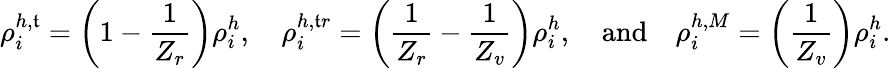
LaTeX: \rho_{i}^{h,\mathfrak{t}}=\left(1-\frac{{1}}{{Z_{r}}}\right)\rho_{i}^{h},\quad\rho_{i}^{h,\mathfrak{t}r}=\left(\frac{{1}}{{Z_{r}}}-\frac{{1}}{{Z_{v}}}\right)\rho_{i}^{h},\quad\mathrm{{{and}}}\quad\rho_{i}^{h,M}=\left(\frac{{1}}{{Z_{v}}}\right)\rho_{i}^{h}.